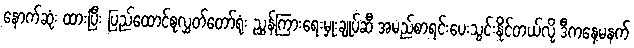
နောက်ဆုံး ထားပြီး ပြည်ထောင်စုလွှတ်တော်ရုံး ညွှန်ကြားရေးမှုးချုပ်ဆီ အမည်စာရင်းပေးသွင်းနိုင်တယ်လို့ ဒီကနေ့မနက်